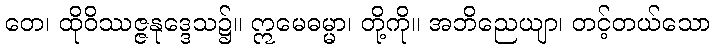
တေ၊ ထိုဝိဿဇ္ဇနုဒ္ဒေသ၌။ ဣမေဓမ္မာ၊ တို့ကို။ အဘိညေယျာ၊ တင့်တယ်သော